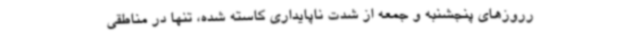
رروزهای پنجشنبه و جمعه از شدت ناپایداری کاسته شده، تنها در مناطقی